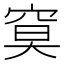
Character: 𥦏